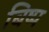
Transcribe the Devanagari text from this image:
बिष्प